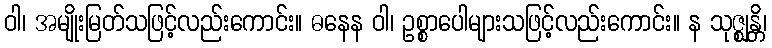
ဝါ၊ အမျိုးမြတ်သဖြင့်လည်းကောင်း။ ဓနေန ဝါ၊ ဥစ္စာပေါများသဖြင့်လည်းကောင်း။ န သုဇ္ဈန္တိ၊